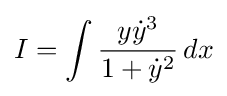
I=\int {\frac {y{\dot {y}}^{3}}{1+{\dot {y}}^{2}}}\,dx